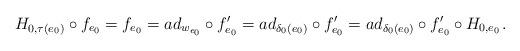
LaTeX: \begin{align*}H_{0,\tau(e_0)} \circ f_{e_0} = f_{e_0} = ad_{w_{e_0}} \circ f^{\prime}_{e_0} = ad_{\delta_{0}(e_0)}\circ f^{\prime}_{e_0}= ad_{\delta_{0}(e_0)}\circ f^{\prime}_{e_0} \circ H_{0,e_0 \, }.\end{align*}